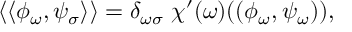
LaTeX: \langle \langle \phi _ { \omega } , \psi _ { \sigma } \rangle \rangle = \delta _ { \omega \sigma } ~ \chi ^ { \prime } ( \omega ) ( ( \phi _ { \omega } , \psi _ { \omega } ) ) ,